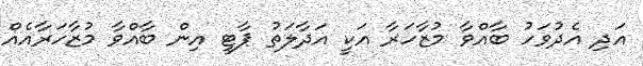
އަދި އެދުވަހު ބާއްވާ މުޒާހަރާ އަކީ އަދާލަތު ޕާޓީ އިން ބާއްވާ މުޒާހަރާއެއް